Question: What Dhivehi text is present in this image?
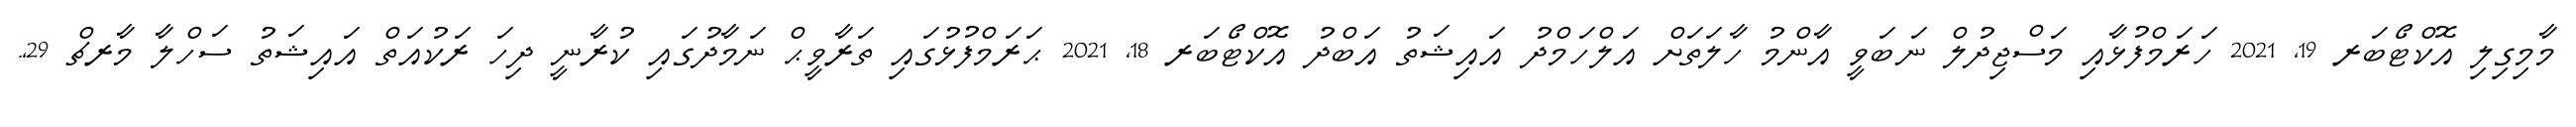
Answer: މާމިގިލި އޮކްޓޯބަރ 19, 2021 ހަރަމްފުޅާއި މަސްޖިދުލް ނަބަވީ އާންމު ހާލަތަށް އަލްހަމްދު އައިޝަތު އަބްދު އޮކްޓޯބަރ 18, 2021 ޙަރަމްފުޅުގައި ތަރާވީޙް ނަމާދުގައި ކުރާނީ ދިހަ ރަކުއަތް އައިޝަތު ސަހްލާ މާރޗް 29,.